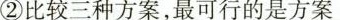
②比较三种方案，最可行的是方案